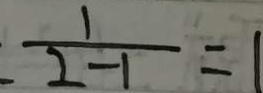
\frac { 1 } { 2 - 1 } = 1